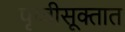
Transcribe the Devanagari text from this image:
पृथ्वीसूक्तात